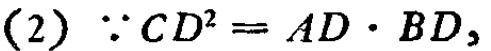
\((2)\ \because CD^{2}=AD\cdot BD,\)